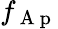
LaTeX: f_{\mathrm{~A~p~}}